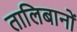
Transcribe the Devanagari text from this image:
तालिबानों